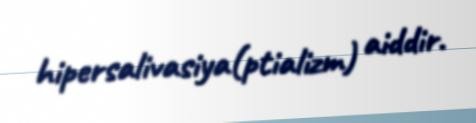
hipersalivasiya(ptializm) aiddir.